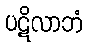
ပဋိလာဘံ